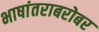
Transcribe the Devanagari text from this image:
भाषांतराबरोबर